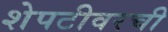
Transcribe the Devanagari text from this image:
शेपटीवरची